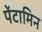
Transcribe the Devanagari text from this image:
पेंटामिन